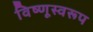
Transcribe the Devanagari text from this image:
विष्णूस्वरूप